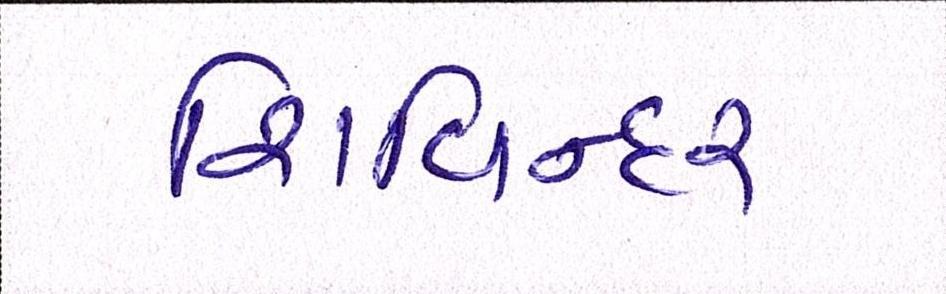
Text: શિવિન્દર